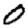
Digit: 0